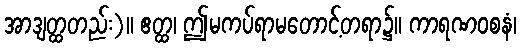
အာဒျတ္ထတည်း)။ ဧတ္ထ၊ ဤမကပ်ရာမတောင့်တရာ၌။ ကာရဏဝစနံ၊